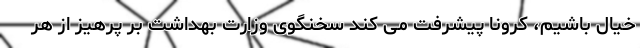
خیال باشیم، کرونا پیشرفت می کند سخنگوی وزارت بهداشت بر پرهیز از هر